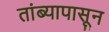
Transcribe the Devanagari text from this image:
तांब्यापासून